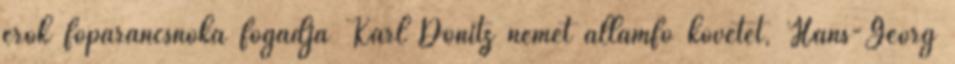
erõk fõparancsnoka fogadja Karl Dönitz német államfõ követét, Hans-Georg